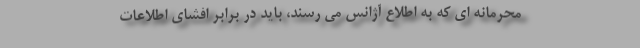
محرمانه ای که به اطلاع آژانس می رسند، باید در برابر افشای اطلاعات